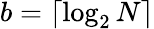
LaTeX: b=\lceil\log_{2}N\rceil